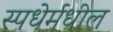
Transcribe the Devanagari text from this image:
स्पधेर्मधील